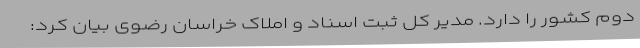
دوم کشور را دارد. مدیر کل ثبت اسناد و املاک خراسان رضوی بیان کرد: